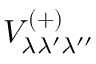
V _ { \lambda \lambda ^ { \prime } \lambda ^ { \prime \prime } } ^ { ( + ) }